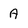
Character: A